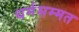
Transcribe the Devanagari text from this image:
धर्मसम्मत